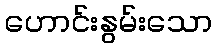
ဟောင်းနွမ်းသော